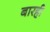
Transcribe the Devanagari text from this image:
बारही